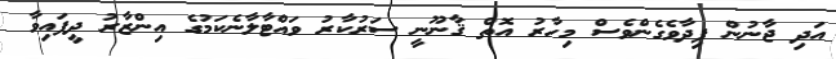
އަދި ޖާނުން ފިދާވެގެންވެސް މިހާރު އޮތް ޤާނޫނީ ސަރުކާރު ވައްޓާލާނެކަމުގެ އިންޒާރު ދީފައިވާ